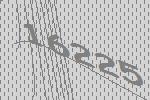
16225